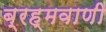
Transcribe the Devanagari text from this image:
ब्रह्मवाणी